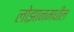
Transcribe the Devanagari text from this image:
लोझानमधील